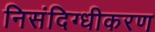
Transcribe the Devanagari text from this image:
निसंदिग्धीकरण